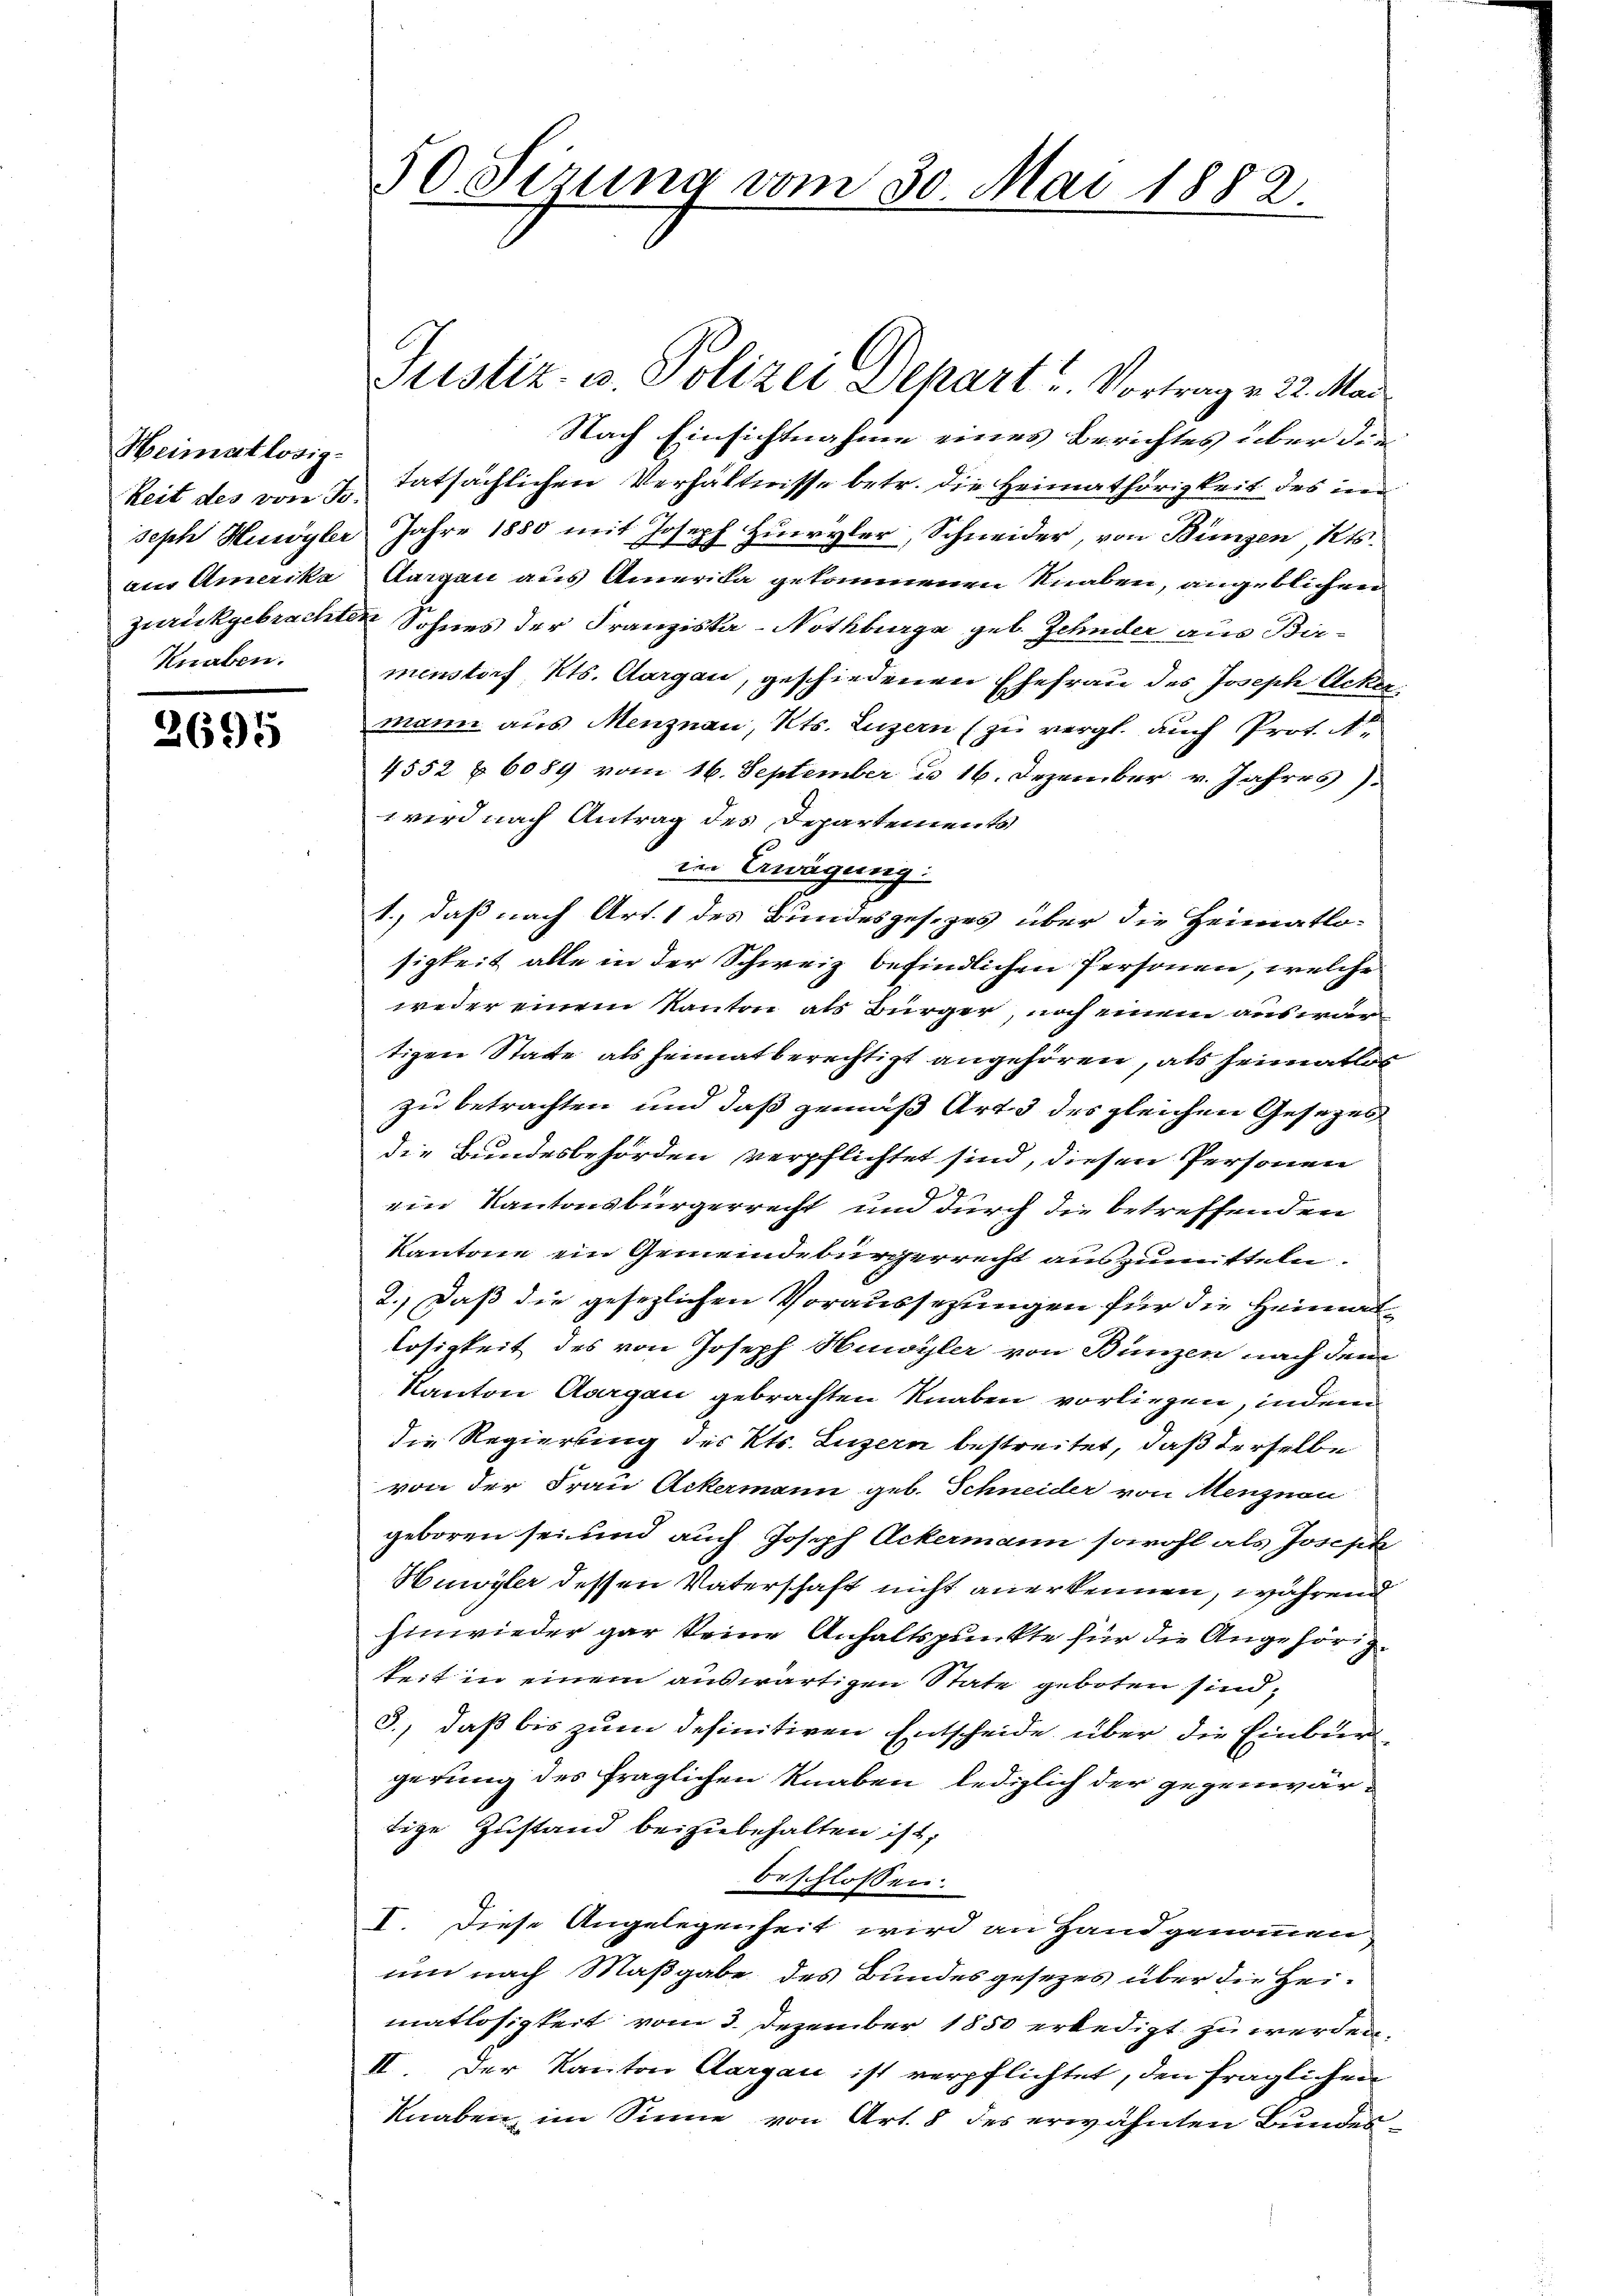
Heimatlosig-
seph Huwyler
aus Amerika
Knaben.

2695

50. Sizung vom 30. Mai 1882.

Nach Einsichtnahme eines Berichtes über die
keit des von 7 tatsächlichen Verhältnisse betr. die Heimathörigkeit des in
Jahre 1880 mit Joseph Huwyler, Schneider, von Bünzen, Kts.
Aargau aus Amerika gekommenen Knaben, angeblichen
zurückgebrachten Sohnes der Franziska-Nothberge geb. Zehnder aus Birmenstorf Kts. Aargau, geschiedenen Ehefrau des Joseph Acker
mann aus Menznau, Kts. Luzern (zu vergl. auch Prot. A
4552 § 6089 vom 16. September u. 16. Dezember v. Jahres
wird nach Antrag des Departements
im Zwägung:
1., daß nach Art. 1 des Bundesgesezes über die Heimatlo-
sigkeit alle in der Schweiz befindlichen Personen, welche
weder einem Kanton als Bürger, noch einem aus war
tizen Statte als heimatberechtigt angehören, als Heimatlos
zu betrachten und daß gemäß Art. 3 des gleichen Gesetzes
die Bundesbehörden verpflichtet sind, diesen Personen
1
4
ein Kantonsbürgerrecht und durch die betreffenden
Kantone ein Gemeindebürgerrecht auszumitteln.
2.) Daß die gesezlichen Voraussezungen für die Heimatlosigkeit des von Joseph Huwyler von Bunzen nach dem
Kanton Aargau gebrachten Knaben vorliegen, indem
die Regierung des Kts. Luzern bestreitet, daß derselbe
von der Frau Ackermann geb. Schneider von Menznou
geboren sei und auch Joseph Ackermann sowohl als Joseph
Huwyler dessen Vaterschaft nicht anerkennen, während
hinwieder gar keine Anhaltspunkte für die Angehörigkeit in einem auswärtigen State geboten sind,
3., daß bis zum definitiven Entscheide über die Einburgerung des fraglichen Knaben lediglich der gegenwärtige Zustand beizubehalten ist,
beschlossen:
I. Diese Angelegenheit wird an Handgenommen
um nach Maßgabe des Bundesgesezes über die Heimatlosigkeit vom 3. Dezember 1850 erledigt zu werden,
II. Der Kanton Aargau ist verpflichtet, den fraglichen
knaben im Sinne von Art. 8 des erwähnten Bundes¬

Justiz- u. Polizei Separt u. Vortrag v. 22. Mai